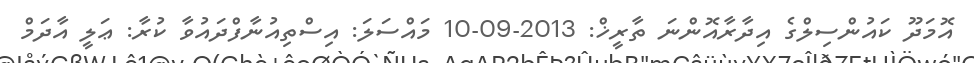
އޮމަދޫ ކައުންސިލްގެ އިދާރާއޮންނަ ތާރީޚް: 2013-09-10 މައްސަލަ: އިސްތިއުނާފްދައުވާ ކުރާ: ޢަލީ އާދަމް